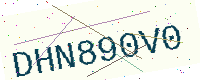
Text: DHN890V0